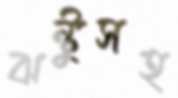
ঝন্টুসহ